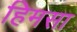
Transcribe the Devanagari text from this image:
हिमसा